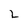
Character: 2